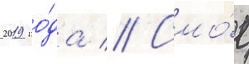
2019 го́да // Смо́г